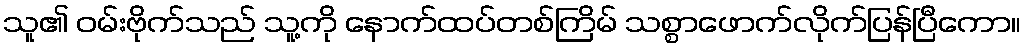
သူ၏ ဝမ်းဗိုက်သည် သူ့ကို နောက်ထပ်တစ်ကြိမ် သစ္စာဖောက်လိုက်ပြန်ပြီကော။